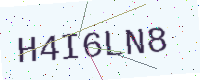
Text: H4I6LN8